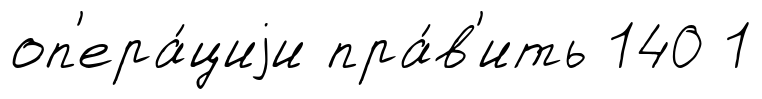
оп'ера́циjи пра́в'ить 140 1